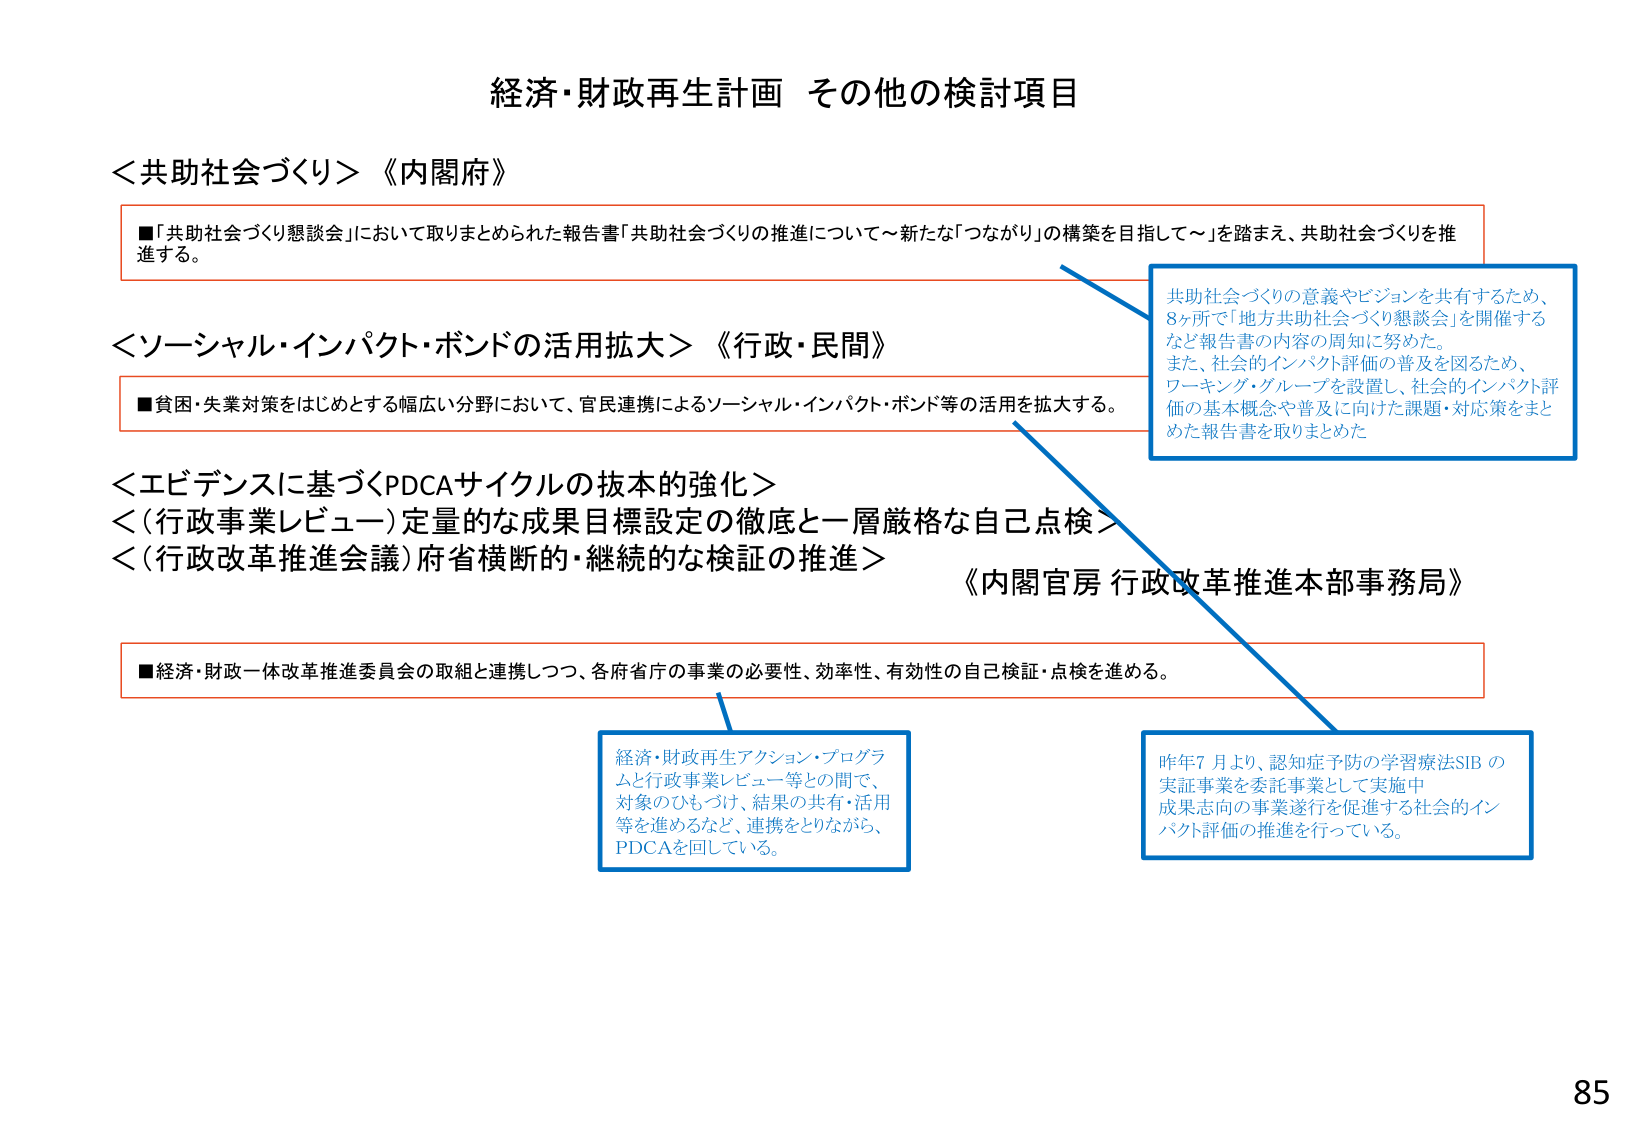
経済・財政再生計画 その他の検討項目

＜共助社会づくり＞《内閣府》
■「共助社会づくり懇談会」において取りまとめられた報告書「共助社会づくりの推進について～新たな「つながり」の構築を目指して～」を踏まえ、共助社会づくりを推進する。

＜ソーシャル・インパクト・ボンドの活用拡大＞《行政・民間》
■貧困・失業対策をはじめとする幅広い分野において、官民連携によるソーシャル・インパクト・ボンド等の活用を拡大する。

＜エビデンスに基づくPDCAサイクルの抜本的強化＞
＜（行政事業レビュー）定量的な成果目標設定の徹底と一層厳格な自己点検＞
＜（行政改革推進会議）府省横断的・継続的な検証の推進＞
《内閣官房 行政改革推進本部事務局》

■経済・財政一体改革推進委員会の取組と連携しつつ、各府省庁の事業の必要性、効率性、有効性の自己検証・点検を進める。

共助社会づくりの意義やビジョンを共有するため、
8ヶ所で「地方共助社会づくり懇談会」を開催する
など報告書の内容の周知に努めた。
また、社会的インパクト評価の普及を図るため、
ワーキング・グループを設置し、社会的インパクト評価の基本概念や普及に向けた課題・対応策をまとめた報告書を取りまとめた

経済・財政再生アクション・プログラムと行政事業レビュー等との間で、
対象のひもづけ、結果の共有・活用等を進めるなど、連携をとりながら、
PDCAを回している。

昨年7月より、認知症予防の学習療法SIBの
実証事業を委託事業として実施中
成果志向の事業遂行を促進する社会的インパクト評価の推進を行っている。

85